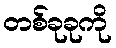
တစ်ခုခုကို